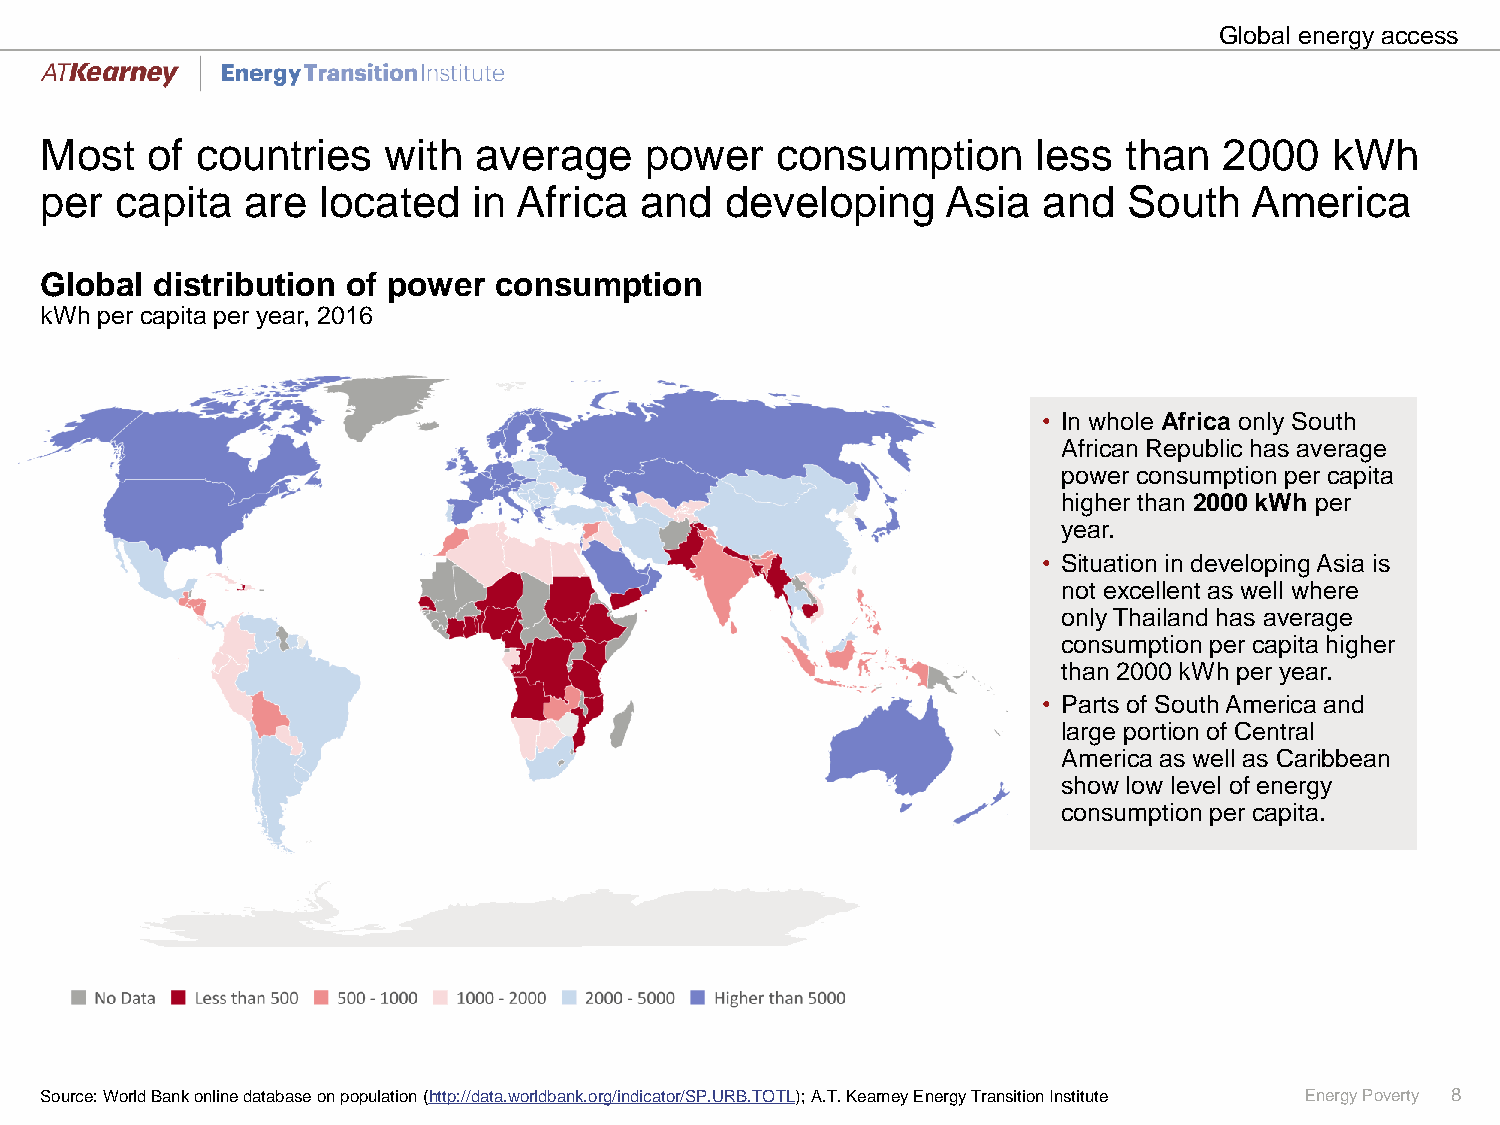
Global energy access
 Most   of countries   with  average     power   consumption       less  than  2000   kWh
 per  capita  are  located   in Africa  and   developing     Asia  and   South   America
 Global distribution of power  consumption
 kWh per capita per year, 2016
 • In whole Africa only South
 African Republic has average
 power consumption per capita
 higher than 2000 kWh per
 year.
 • Situation in developing Asia is
 not excellent as well where
 only Thailand has average
 consumption per capita higher
 than 2000 kWh per year.
 • Parts of South America and
 large portion of Central
 America as well as Caribbean
 show low level of energy
 consumption per capita.
 Source: World Bank online database on population (http://data.worldbank.org/indicator/SP.URB.TOTL); A.T.Kearney Energy Transition Institute Energy Poverty 8